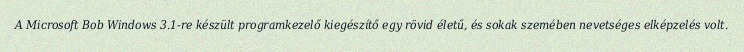
A Microsoft Bob Windows 3.1-re készült programkezelő kiegészítő egy rövid életű, és sokak szemében nevetséges elképzelés volt.